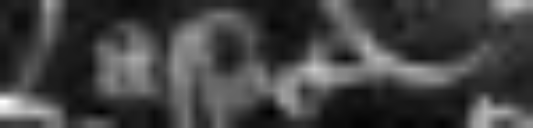
associato